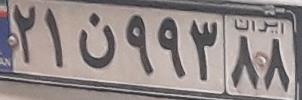
۲۱ن۹۹۳۸۸